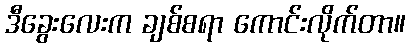
ဒီခွေးလေးက ချစ်စရာ ကောင်းလိုက်တာ။